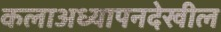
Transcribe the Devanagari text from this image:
कलाअध्यापनदेखील